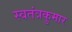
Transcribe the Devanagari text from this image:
स्वतंत्रकुमार